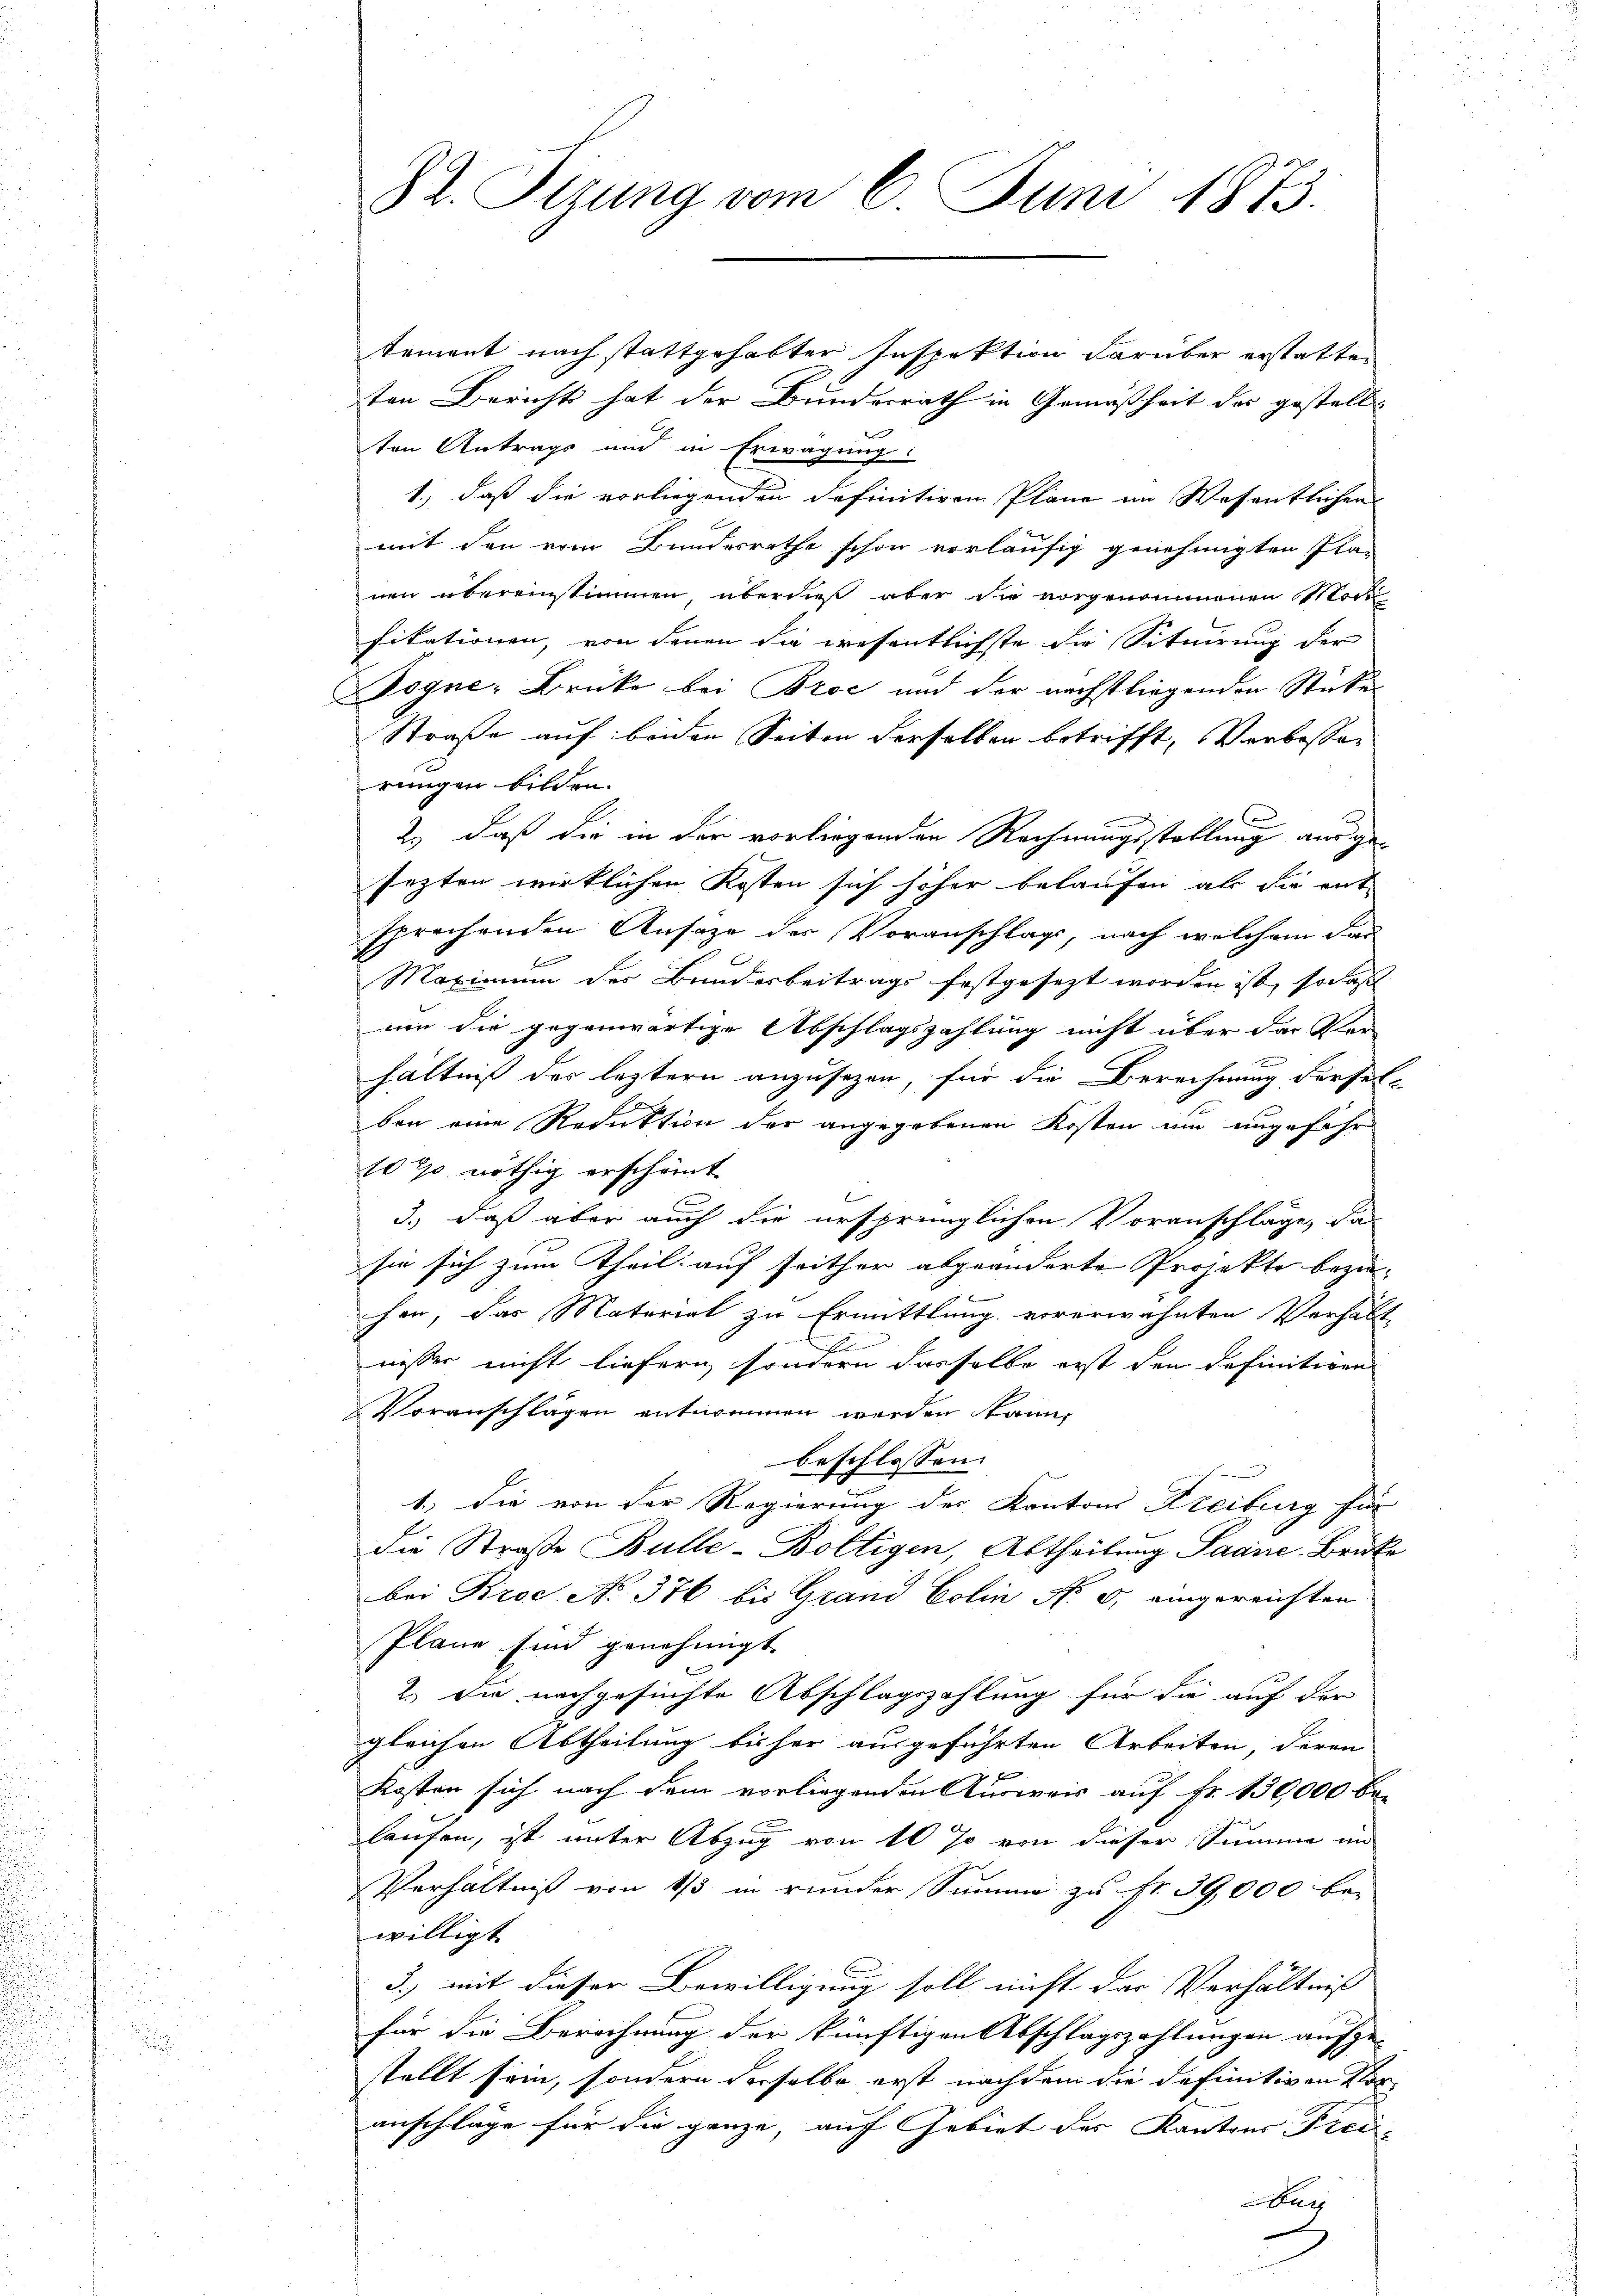
82. Sezung vom 6. Juni 1873.

tement nach stattgehabter Inspektion darüber erstatten
ten Bericht hat der Bunderrath in Gemäßheit der gestellt
ten Antrags und in Erwägung:
1.) daß die vorliegenden definitiven Pläne im Wesentlichen
mit den vom Bundesrathe schon vorläufig genehmigten Planen übereinstimmen, überdieß aber die vorgenommenen Mark
fikationen, von denen die wesentlichste die Situirung der
Fogne Brüke bei Broć und der nächstliegenden Stücke
Straße auf beiden Seiten derselben betrifft, Verbessen
rungen bilden.
2.) daß die in der vorliegenden Rechnungsstellung ausge-
sezten wirklichen Kosten sich höher belaufen als die ent-
sprechenden Ansage der Voranschlags, nach welchem das
f
Maximum des Bundesbeitrags festgesezt worden ist, so das
um die gegenwärtige Abschlagszahlung nicht über der Ver-
hältniß des leztern anzusezen, für die Berechnung dersel-
bon eine Reduktion der angegebenen Kosten um ungefahr
1070 nöthig erscheint
3.) daß aber auch die ursprünglichen Voranschläge, da-
sie sich zum Theil auf seither abgeänderte Projekte bezie-
hen, das Material zu Ermittlung vorerwähnten Verhält
F
wisser nicht liefern sondern dasselbe erst den definitiven
Voranschlägen entnommen werden kann,
beschlossen:
1.) Die von der Regierung des Kantons Freiburg für
die Straße Bulle-Boltigen, Abtheilung Saane-Brüke
bei Brec No 376 bis Grand Colin No 5. eingereichten
Plane sind genehmigt.
2.) Die nachgesuchte Abschlagszahlung für die auf der
gleichen Abtheilung bisher ausgeführten Arbeiten, deren
Kosten sich nach dem vorliegenden Ausweis auf Fr. 130,000 be-
laufen, ist unter Abzug von 10 so von dieser Summe an
Verhältniß von 1/3 in runder Summe zu Fr. 39,000 be-
willigt
3.) mit dieser Bewilligung soll nicht das Verhältnis
für die Berechnung der künftigen Abschlagszahlungen aufge- |
stellt sein, sondern derselbe erst nachdem die definitiven Vor-
anschläge für die ganze, auf Gebiet des Kantons Prei
ur